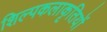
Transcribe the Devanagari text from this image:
शिल्पकलाकृतियों